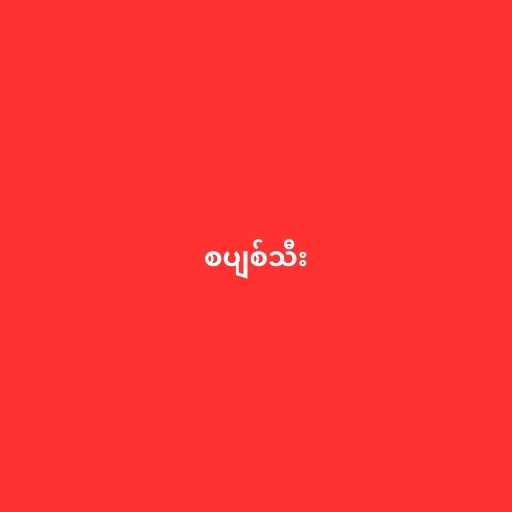
စပျစ်သီး